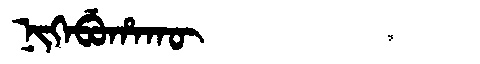
Manchu: ᠨᡳᡴᡝᠪᡠᡥᠠᡴᡡ
Romanization: NIKEBUHAKŪ